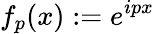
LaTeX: f_{p}(x):=e^{ipx}